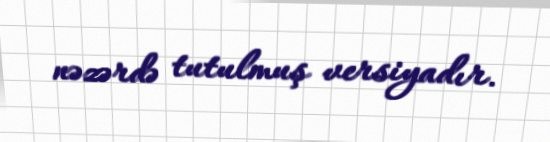
nəzərdə tutulmuş versiyadır.